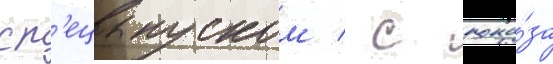
сп'ецвыпуском / с пока́за